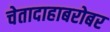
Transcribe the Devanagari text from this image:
चेतादाहाबरोबर